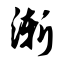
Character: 渐